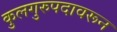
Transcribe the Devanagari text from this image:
कुलगुरुपदावरून